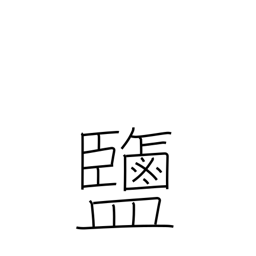
Meaning: salt